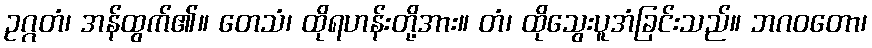
ဥဂ္ဂတံ၊ အန်ထွက်၏။ တေသံ၊ ထိုရဟန်းတို့အား။ တံ၊ ထိုသွေးပူအံခြင်းသည်။ ဘဂဝတော၊